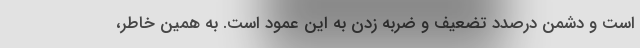
است و دشمن درصدد تضعیف و ضربه زدن به این عمود است. به همین خاطر،